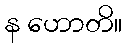
န ဟောတိ။